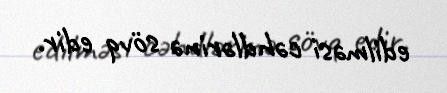
edilməsi cəhdlərinə sövq edir.